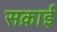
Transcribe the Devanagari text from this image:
सक़ाई